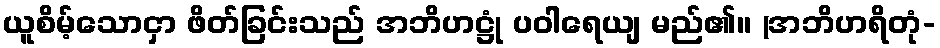
ယူစိမ့်သောငှာ ဖိတ်ခြင်းသည် အဘိဟဋ္ဌုံ ပဝါရေယျ မည်၏။ (အဘိဟရိတုံ-